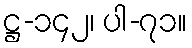
ဋ္ဌ-၁၄၂၊ ပါ-၇၁။